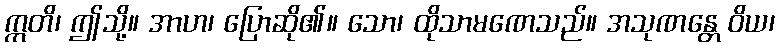
ဣတိ၊ ဤသို့။ အာဟ၊ ပြောဆို၏။ သော၊ ထိုသာမဏေသည်။ အသုဏန္တေ ဝိယ၊